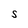
Character: S